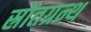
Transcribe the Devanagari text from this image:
स्रोतग्रन्थ